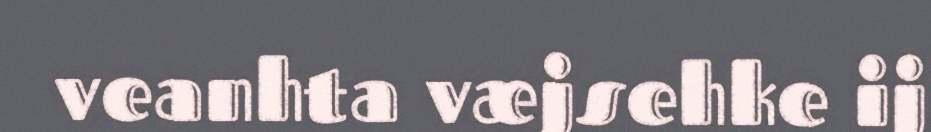
veanhta væjsehke ij